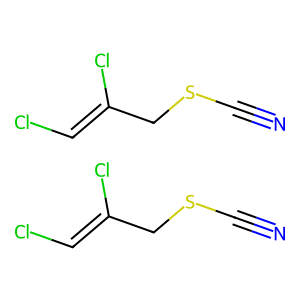
SMILES: N#CSCC(Cl)=CCl.N#CSCC(Cl)=CCl
Inhibits HIV replication: No